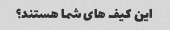
این کیف های شما هستند؟